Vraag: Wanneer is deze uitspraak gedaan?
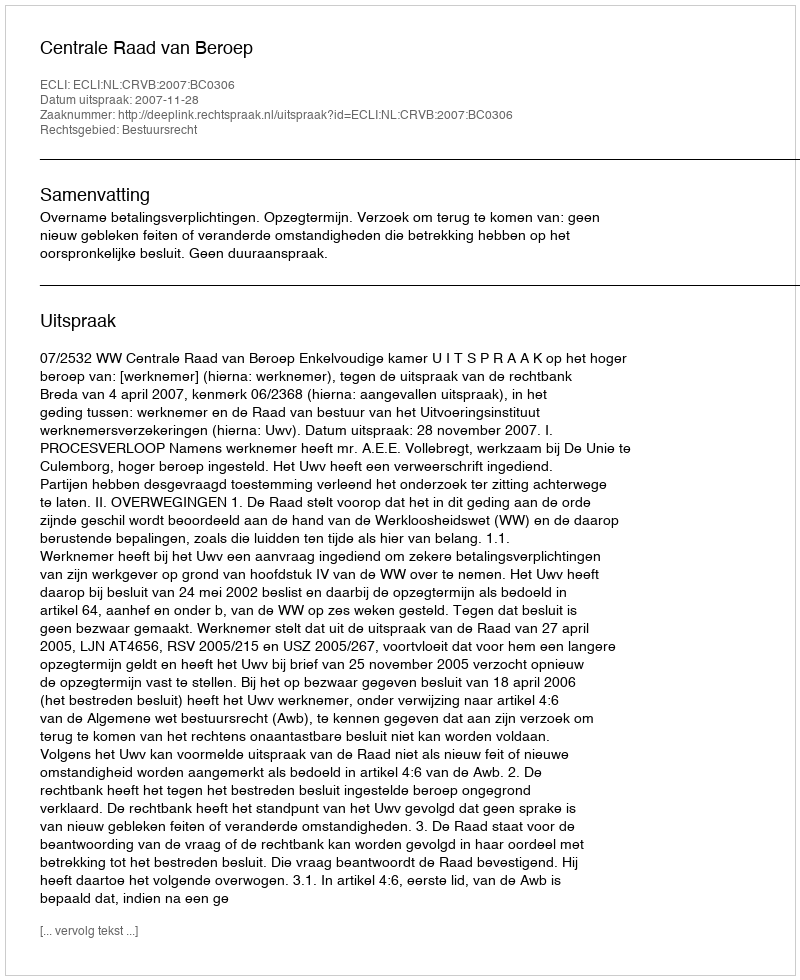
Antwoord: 2007-11-28